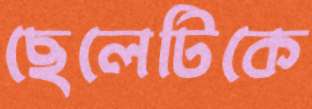
ছেলেটিকে